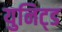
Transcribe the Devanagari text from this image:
युनिट्ड